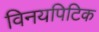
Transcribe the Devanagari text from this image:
विनयपिटिक